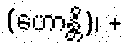
(ဟောန္တိ)၊ +